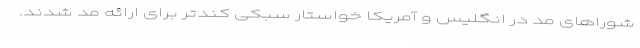
شوراهای مد در انگلیس و آمریکا خواستار سبکی کندتر برای ارائه مد شدند.